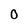
Character: 0